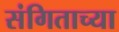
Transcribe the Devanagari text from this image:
संगिताच्या